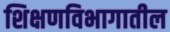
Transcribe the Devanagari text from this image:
शिक्षणविभागातील